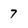
Character: 7